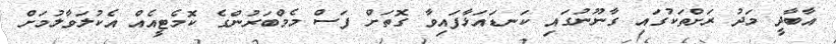
އާބާދީ މަދު ރަށްތަކުގައި ގާނޫނުގައި ކަނޑައަޅާފައިވާ ގޮތަށް ފަސް މެމްބަރުންގެ ކޮމެޓީއެއް އެކުލަވާލުމަށް